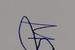
Signature authenticity: genuine